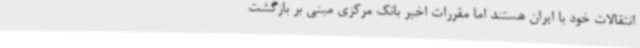
انتقالات خود با ایران هستند اما مقررات اخیر بانک مرکزی مبنی بر بازگشت